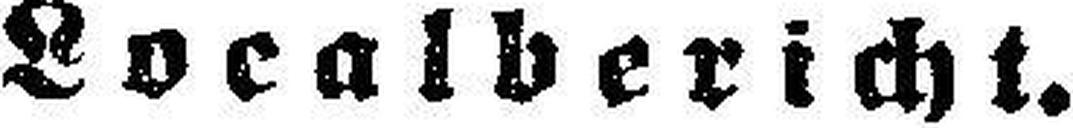
Localbericht.